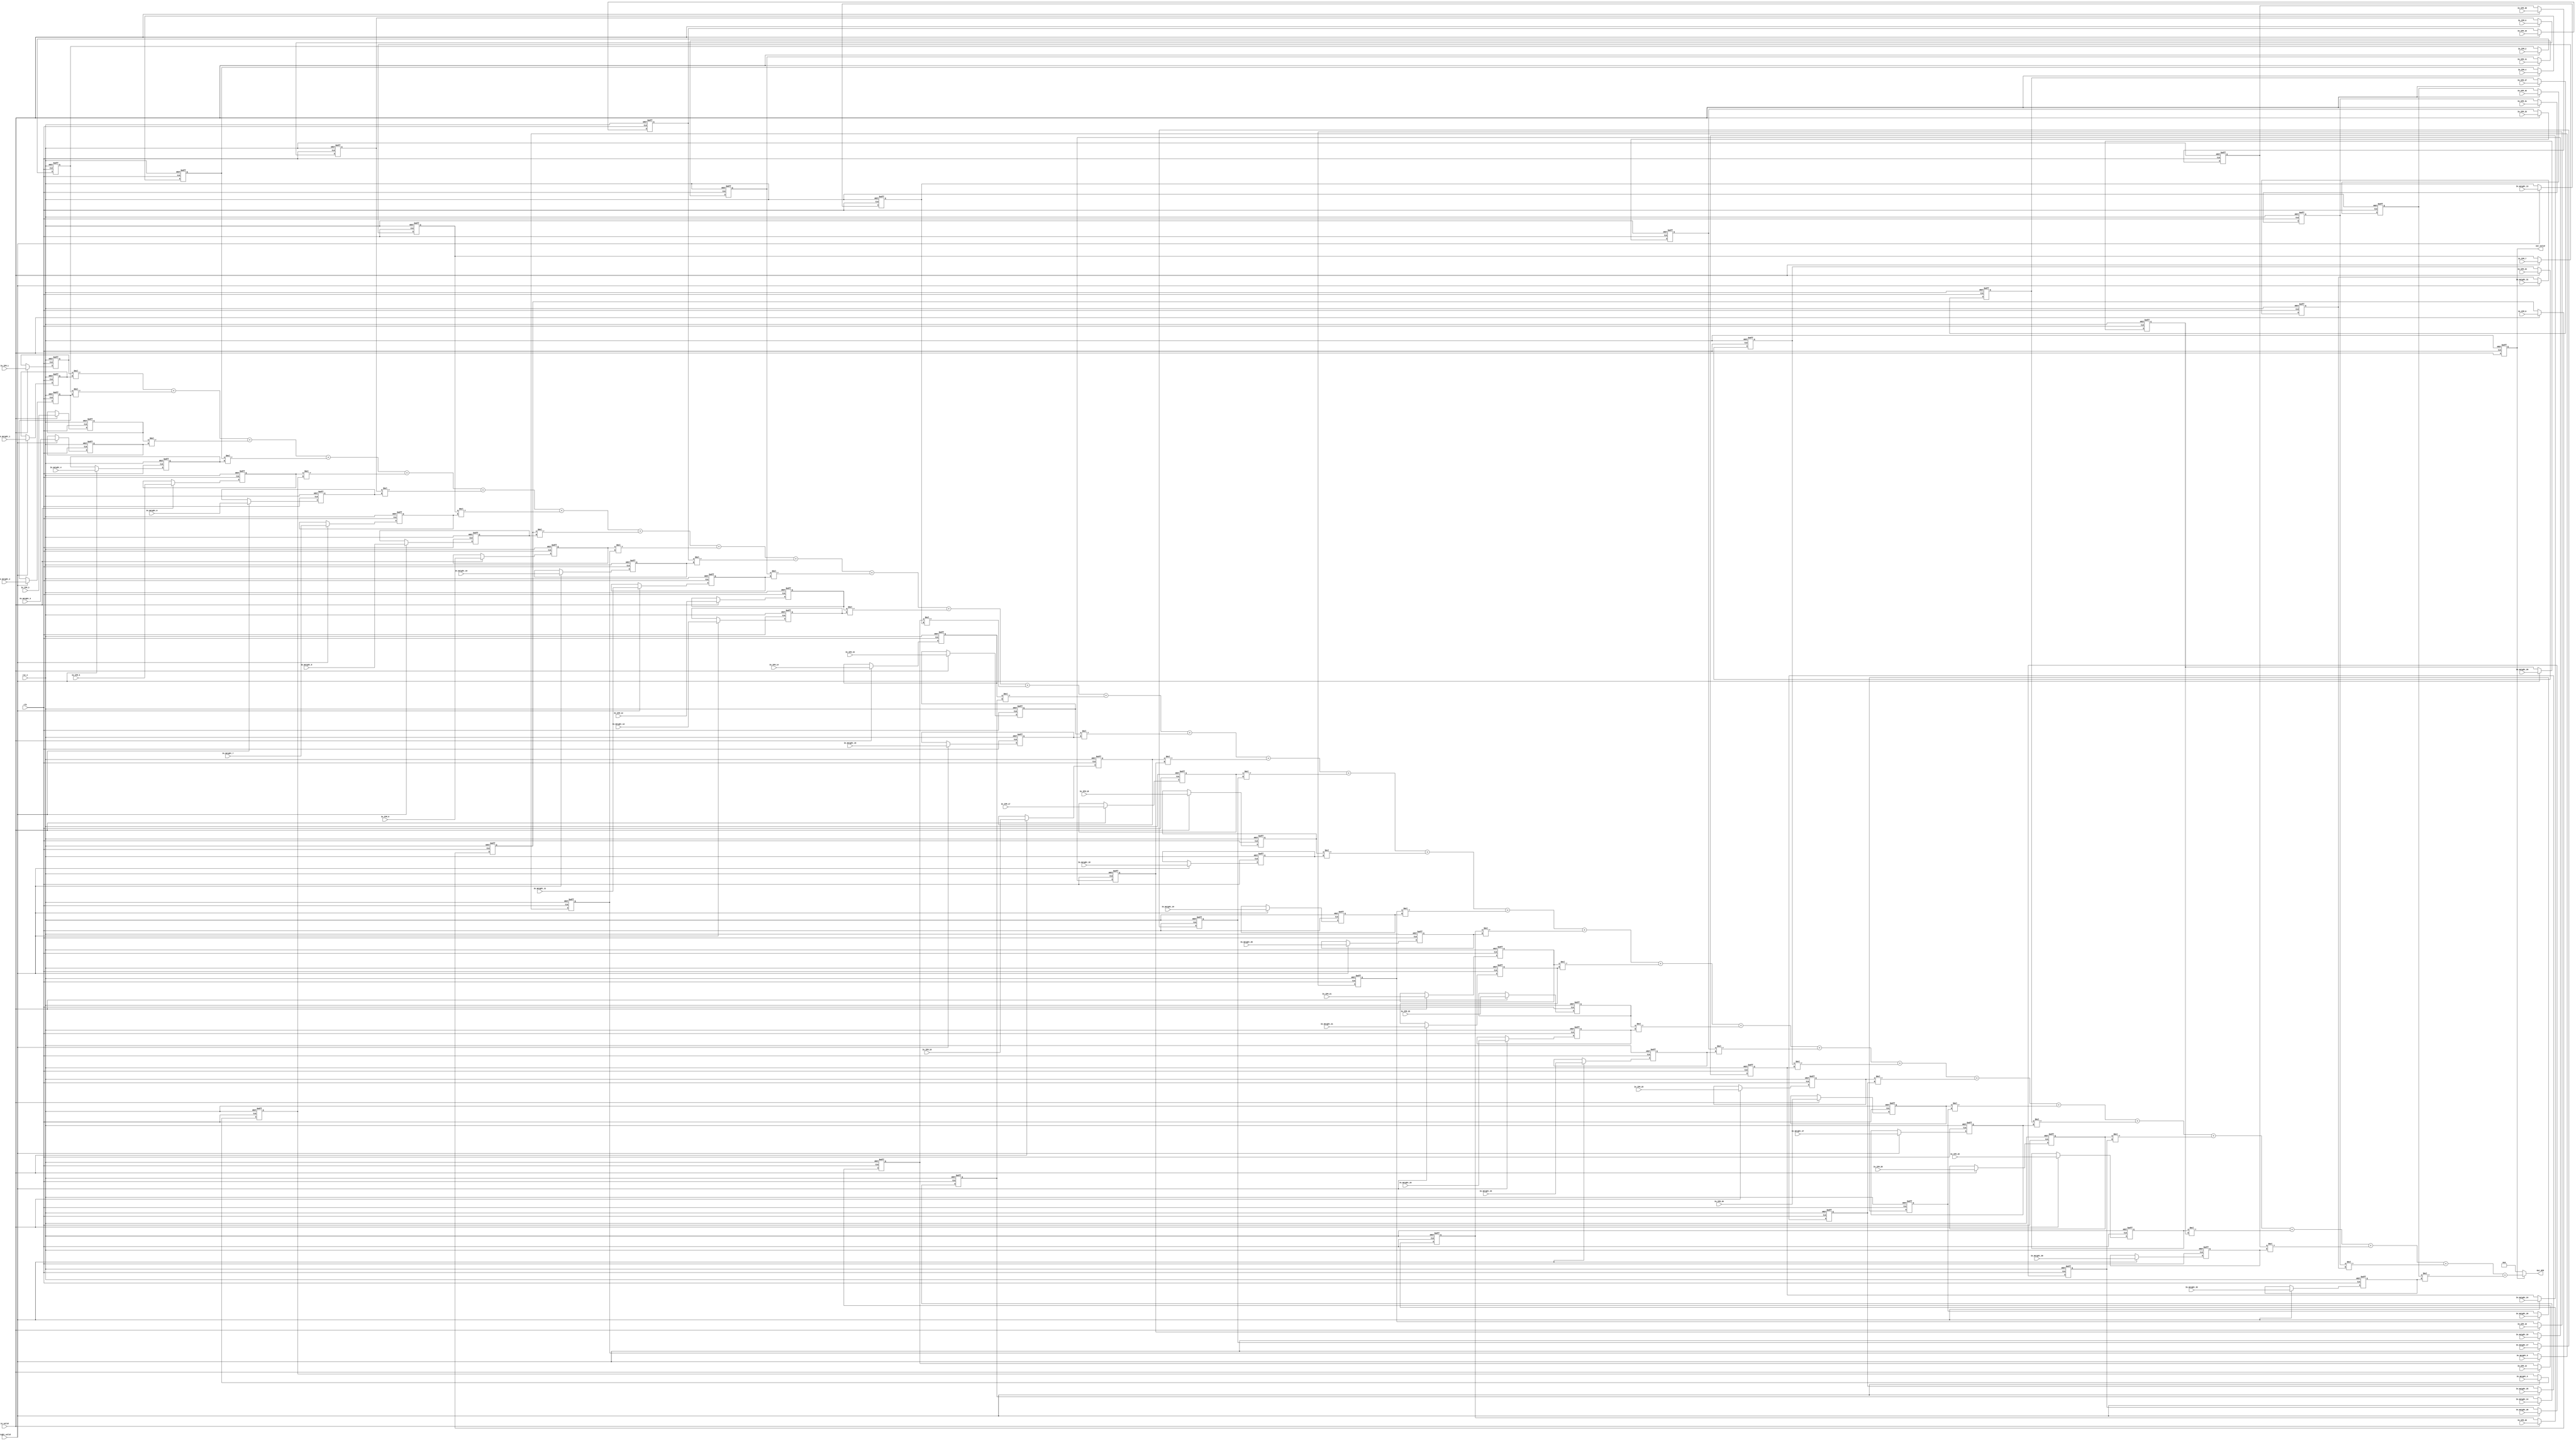
module Convolution	(
	rst_n,
	clk,
	in_valid,
	weight_valid,
	In_IFM_1,
	In_IFM_2,
	In_IFM_3,
	In_IFM_4,
	In_IFM_5,
	In_IFM_6,
	In_IFM_7,
	In_IFM_8,	
	In_IFM_9,
	In_IFM_10,
	In_IFM_11,
	In_IFM_12,
	In_IFM_13,
	In_IFM_14,
	In_IFM_15,
	In_IFM_16,
	In_IFM_17,
	In_IFM_18,	
	In_IFM_19,
	In_IFM_20,
	In_IFM_21,
	In_IFM_22,
	In_IFM_23,
	In_IFM_24,
	In_IFM_25,
	In_IFM_26,
	In_IFM_27,
	In_IFM_28,	
	In_IFM_29,
	In_IFM_30,
	In_IFM_31,
	In_IFM_32,
	In_Weight_1,
	In_Weight_2,
	In_Weight_3,
	In_Weight_4,
	In_Weight_5,
	In_Weight_6,
	In_Weight_7,
	In_Weight_8,
	In_Weight_9,
	In_Weight_10,
	In_Weight_11,
	In_Weight_12,
	In_Weight_13,
	In_Weight_14,
	In_Weight_15,
	In_Weight_16,
	In_Weight_17,
	In_Weight_18,	
	In_Weight_19,
	In_Weight_20,
	In_Weight_21,
	In_Weight_22,
	In_Weight_23,
	In_Weight_24,
	In_Weight_25,
	In_Weight_26,
	In_Weight_27,
	In_Weight_28,	
	In_Weight_29,
	In_Weight_30,
	In_Weight_31,
	In_Weight_32,
	out_valid,
	Out_OFM
);

input clk;
input rst_n;
input in_valid;
input weight_valid;
input [3:0] In_IFM_1 ;
input [3:0] In_IFM_2 ;
input [3:0] In_IFM_3 ;
input [3:0] In_IFM_4 ;
input [3:0] In_IFM_5 ;
input [3:0] In_IFM_6 ;
input [3:0] In_IFM_7 ;
input [3:0] In_IFM_8 ;	
input [3:0] In_IFM_9 ;
input [3:0]In_IFM_10 ;
input [3:0]In_IFM_11 ;
input [3:0]In_IFM_12 ;
input [3:0]In_IFM_13 ;
input [3:0]In_IFM_14 ;
input [3:0]In_IFM_15 ;
input [3:0]In_IFM_16 ;
input [3:0]In_IFM_17 ;
input [3:0]In_IFM_18 ;
input [3:0]In_IFM_19 ;
input [3:0]In_IFM_20 ;
input [3:0]In_IFM_21 ;
input [3:0]In_IFM_22 ;
input [3:0]In_IFM_23 ;
input [3:0]In_IFM_24 ;
input [3:0]In_IFM_25 ;
input [3:0]In_IFM_26 ;
input [3:0]In_IFM_27 ;
input [3:0]In_IFM_28 ;
input [3:0]In_IFM_29 ;
input [3:0]In_IFM_30 ;
input [3:0]In_IFM_31 ;
input [3:0]In_IFM_32 ;
input [3:0]In_Weight_1;
input [3:0]In_Weight_2;
input [3:0]In_Weight_3;	
input [3:0]In_Weight_4;
input [3:0]In_Weight_5;
input [3:0]In_Weight_6;
input [3:0]In_Weight_7;	
input [3:0]In_Weight_8;
input [3:0]In_Weight_9;
input [3:0]In_Weight_10;
input [3:0]In_Weight_11;
input [3:0]In_Weight_12;
input [3:0]In_Weight_13;	
input [3:0]In_Weight_14;
input [3:0]In_Weight_15;
input [3:0]In_Weight_16;
input [3:0]In_Weight_17;	
input [3:0]In_Weight_18;
input [3:0]In_Weight_19;
input [3:0]In_Weight_20;
input [3:0]In_Weight_21;
input [3:0]In_Weight_22;
input [3:0]In_Weight_23;	
input [3:0]In_Weight_24;
input [3:0]In_Weight_25;
input [3:0]In_Weight_26;
input [3:0]In_Weight_27;	
input [3:0]In_Weight_28;
input [3:0]In_Weight_29;
input [3:0]In_Weight_30;
input [3:0]In_Weight_31;
input [3:0]In_Weight_32;

output reg out_valid;
output [12:0] Out_OFM;

wire    [12:0]out;
/*====================================*/
/*            Design                 */
/*===================================*/
reg    [3:0]D_In_IFM_1 ;
reg    [3:0]D_In_IFM_2 ;
reg    [3:0]D_In_IFM_3 ;
reg    [3:0]D_In_IFM_4 ;
reg    [3:0]D_In_IFM_5 ;
reg    [3:0]D_In_IFM_6 ;
reg    [3:0]D_In_IFM_7 ;
reg    [3:0]D_In_IFM_8 ;	
reg    [3:0]D_In_IFM_9 ;
reg    [3:0]D_In_IFM_10 ;
reg    [3:0]D_In_IFM_11 ;
reg    [3:0]D_In_IFM_12 ;
reg    [3:0]D_In_IFM_13 ;
reg    [3:0]D_In_IFM_14 ;
reg    [3:0]D_In_IFM_15 ;
reg    [3:0]D_In_IFM_16 ;
reg    [3:0]D_In_IFM_17 ;
reg    [3:0]D_In_IFM_18 ;
reg    [3:0]D_In_IFM_19 ;
reg    [3:0]D_In_IFM_20 ;
reg    [3:0]D_In_IFM_21 ;
reg    [3:0]D_In_IFM_22 ;
reg    [3:0]D_In_IFM_23 ;
reg    [3:0]D_In_IFM_24 ;
reg    [3:0]D_In_IFM_25 ;
reg    [3:0]D_In_IFM_26 ;
reg    [3:0]D_In_IFM_27 ;
reg    [3:0]D_In_IFM_28 ;
reg    [3:0]D_In_IFM_29 ;
reg    [3:0]D_In_IFM_30 ;
reg    [3:0]D_In_IFM_31 ;
reg    [3:0]D_In_IFM_32 ;

reg    [3:0]D_In_Weight_1;
reg    [3:0]D_In_Weight_2;
reg    [3:0]D_In_Weight_3;	
reg    [3:0]D_In_Weight_4;
reg    [3:0]D_In_Weight_5;
reg    [3:0]D_In_Weight_6;
reg    [3:0]D_In_Weight_7;	
reg    [3:0]D_In_Weight_8;
reg    [3:0]D_In_Weight_9;
reg    [3:0]D_In_Weight_10;
reg    [3:0]D_In_Weight_11;
reg    [3:0]D_In_Weight_12;
reg    [3:0]D_In_Weight_13;	
reg    [3:0]D_In_Weight_14;
reg    [3:0]D_In_Weight_15;
reg    [3:0]D_In_Weight_16;
reg    [3:0]D_In_Weight_17;	
reg    [3:0]D_In_Weight_18;
reg    [3:0]D_In_Weight_19;
reg    [3:0]D_In_Weight_20;
reg    [3:0]D_In_Weight_21;
reg    [3:0]D_In_Weight_22;
reg    [3:0]D_In_Weight_23;	
reg    [3:0]D_In_Weight_24;
reg    [3:0]D_In_Weight_25;
reg    [3:0]D_In_Weight_26;
reg    [3:0]D_In_Weight_27;	
reg    [3:0]D_In_Weight_28;
reg    [3:0]D_In_Weight_29;
reg    [3:0]D_In_Weight_30;
reg    [3:0]D_In_Weight_31;
reg    [3:0]D_In_Weight_32;






always@(posedge clk or negedge rst_n)begin
    if(!rst_n)begin
        D_In_IFM_1  <= 0;
        D_In_IFM_2  <= 0;
        D_In_IFM_3  <= 0;
        D_In_IFM_4  <= 0;
        D_In_IFM_5  <= 0;
        D_In_IFM_6  <= 0;
        D_In_IFM_7  <= 0;
        D_In_IFM_8  <= 0;
        D_In_IFM_9  <= 0;
        D_In_IFM_10 <= 0;
        D_In_IFM_11 <= 0;
        D_In_IFM_12 <= 0;
        D_In_IFM_13 <= 0;
        D_In_IFM_14 <= 0;
        D_In_IFM_15 <= 0;
        D_In_IFM_16 <= 0;
        D_In_IFM_17 <= 0;
        D_In_IFM_18 <= 0;
        D_In_IFM_19 <= 0;
        D_In_IFM_20 <= 0;
        D_In_IFM_21 <= 0;
        D_In_IFM_22 <= 0;
        D_In_IFM_23 <= 0;
        D_In_IFM_24 <= 0;
        D_In_IFM_25 <= 0;
        D_In_IFM_26 <= 0;
        D_In_IFM_27 <= 0;
        D_In_IFM_28 <= 0;
        D_In_IFM_29 <= 0;
        D_In_IFM_30 <= 0;
        D_In_IFM_31 <= 0;
        D_In_IFM_32 <= 0;
    end
    else if(in_valid)begin
        D_In_IFM_1  <= In_IFM_1 ;
        D_In_IFM_2  <= In_IFM_2 ;
        D_In_IFM_3  <= In_IFM_3 ;
        D_In_IFM_4  <= In_IFM_4 ;
        D_In_IFM_5  <= In_IFM_5 ;
        D_In_IFM_6  <= In_IFM_6 ;
        D_In_IFM_7  <= In_IFM_7 ;
        D_In_IFM_8  <= In_IFM_8 ;
        D_In_IFM_9  <= In_IFM_9 ;
        D_In_IFM_10 <= In_IFM_10;
        D_In_IFM_11 <= In_IFM_11;
        D_In_IFM_12 <= In_IFM_12;
        D_In_IFM_13 <= In_IFM_13;
        D_In_IFM_14 <= In_IFM_14;
        D_In_IFM_15 <= In_IFM_15;
        D_In_IFM_16 <= In_IFM_16;
        D_In_IFM_17 <= In_IFM_17;
        D_In_IFM_18 <= In_IFM_18;
        D_In_IFM_19 <= In_IFM_19;
        D_In_IFM_20 <= In_IFM_20;
        D_In_IFM_21 <= In_IFM_21;
        D_In_IFM_22 <= In_IFM_22;
        D_In_IFM_23 <= In_IFM_23;
        D_In_IFM_24 <= In_IFM_24;
        D_In_IFM_25 <= In_IFM_25;
        D_In_IFM_26 <= In_IFM_26;
        D_In_IFM_27 <= In_IFM_27;
        D_In_IFM_28 <= In_IFM_28;
        D_In_IFM_29 <= In_IFM_29;
        D_In_IFM_30 <= In_IFM_30;
        D_In_IFM_31 <= In_IFM_31;
        D_In_IFM_32 <= In_IFM_32;
    end
end

always@(posedge clk or negedge rst_n) begin
    if(!rst_n)begin
        D_In_Weight_1  <= 0 ; 
        D_In_Weight_2  <= 0 ; 
        D_In_Weight_3  <= 0 ; 
        D_In_Weight_4  <= 0 ; 
        D_In_Weight_5  <= 0 ; 
        D_In_Weight_6  <= 0 ; 
        D_In_Weight_7  <= 0 ; 
        D_In_Weight_8  <= 0 ; 
        D_In_Weight_9  <= 0 ; 
        D_In_Weight_10 <= 0 ;
        D_In_Weight_11 <= 0 ;
        D_In_Weight_12 <= 0 ;
        D_In_Weight_13 <= 0 ;
        D_In_Weight_14 <= 0 ;
        D_In_Weight_15 <= 0 ;
        D_In_Weight_16 <= 0 ;
        D_In_Weight_17 <= 0 ;
        D_In_Weight_18 <= 0 ;
        D_In_Weight_19 <= 0 ;
        D_In_Weight_20 <= 0 ;
        D_In_Weight_21 <= 0 ;
        D_In_Weight_22 <= 0 ;
        D_In_Weight_23 <= 0 ;
        D_In_Weight_24 <= 0 ;
        D_In_Weight_25 <= 0 ;
        D_In_Weight_26 <= 0 ;
        D_In_Weight_27 <= 0 ;
        D_In_Weight_28 <= 0 ;
        D_In_Weight_29 <= 0 ;
        D_In_Weight_30 <= 0 ;
        D_In_Weight_31 <= 0 ;
        D_In_Weight_32 <= 0 ;
    end
    else if(weight_valid)begin
        D_In_Weight_1  <= In_Weight_1  ;
        D_In_Weight_2  <= In_Weight_2  ;
        D_In_Weight_3  <= In_Weight_3  ;
        D_In_Weight_4  <= In_Weight_4  ;
        D_In_Weight_5  <= In_Weight_5  ;
        D_In_Weight_6  <= In_Weight_6  ;
        D_In_Weight_7  <= In_Weight_7  ;
        D_In_Weight_8  <= In_Weight_8  ;
        D_In_Weight_9  <= In_Weight_9  ;
        D_In_Weight_10 <= In_Weight_10 ;
        D_In_Weight_11 <= In_Weight_11 ;
        D_In_Weight_12 <= In_Weight_12 ;
        D_In_Weight_13 <= In_Weight_13 ;
        D_In_Weight_14 <= In_Weight_14 ;
        D_In_Weight_15 <= In_Weight_15 ;
        D_In_Weight_16 <= In_Weight_16 ;
        D_In_Weight_17 <= In_Weight_17 ;
        D_In_Weight_18 <= In_Weight_18 ;
        D_In_Weight_19 <= In_Weight_19 ;
        D_In_Weight_20 <= In_Weight_20 ;
        D_In_Weight_21 <= In_Weight_21 ;
        D_In_Weight_22 <= In_Weight_22 ;
        D_In_Weight_23 <= In_Weight_23 ;
        D_In_Weight_24 <= In_Weight_24 ;
        D_In_Weight_25 <= In_Weight_25 ;
        D_In_Weight_26 <= In_Weight_26 ;
        D_In_Weight_27 <= In_Weight_27 ;
        D_In_Weight_28 <= In_Weight_28 ;
        D_In_Weight_29 <= In_Weight_29 ;
        D_In_Weight_30 <= In_Weight_30 ;
        D_In_Weight_31 <= In_Weight_31 ;
        D_In_Weight_32 <= In_Weight_32 ;
    end
end

always@(posedge clk or negedge rst_n)begin
    if(!rst_n)begin
        out_valid <= 0;
    end
    else begin
        out_valid <= in_valid;
    end
end

assign out= 
    (D_In_IFM_1   * D_In_Weight_1 )+
    (D_In_IFM_2   * D_In_Weight_2 )+
    (D_In_IFM_3   * D_In_Weight_3 )+
    (D_In_IFM_4   * D_In_Weight_4 )+
    (D_In_IFM_5   * D_In_Weight_5 )+
    (D_In_IFM_6   * D_In_Weight_6 )+
    (D_In_IFM_7   * D_In_Weight_7 )+
    (D_In_IFM_8   * D_In_Weight_8 )+
    (D_In_IFM_9   * D_In_Weight_9 )+
    (D_In_IFM_10  * D_In_Weight_10) +
    (D_In_IFM_11  * D_In_Weight_11) +
    (D_In_IFM_12  * D_In_Weight_12) +
    (D_In_IFM_13  * D_In_Weight_13) +
    (D_In_IFM_14  * D_In_Weight_14) +
    (D_In_IFM_15  * D_In_Weight_15) +
    (D_In_IFM_16  * D_In_Weight_16) +
    (D_In_IFM_17  * D_In_Weight_17) +
    (D_In_IFM_18  * D_In_Weight_18) +
    (D_In_IFM_19  * D_In_Weight_19) +
    (D_In_IFM_20  * D_In_Weight_20) +
    (D_In_IFM_21  * D_In_Weight_21) +
    (D_In_IFM_22  * D_In_Weight_22) +
    (D_In_IFM_23  * D_In_Weight_23) +
    (D_In_IFM_24  * D_In_Weight_24) +
    (D_In_IFM_25  * D_In_Weight_25) +
    (D_In_IFM_26  * D_In_Weight_26) +
    (D_In_IFM_27  * D_In_Weight_27) +
    (D_In_IFM_28  * D_In_Weight_28) +
    (D_In_IFM_29  * D_In_Weight_29) +
    (D_In_IFM_30  * D_In_Weight_30) +
    (D_In_IFM_31  * D_In_Weight_31) +
    (D_In_IFM_32  * D_In_Weight_32) ;

assign Out_OFM = (out_valid == 1)? out : 0;



endmodule